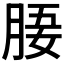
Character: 𣍲